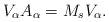
LaTeX: \begin{align*}V_\alpha A_\alpha = M_s V_\alpha. \end{align*}